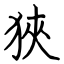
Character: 狹